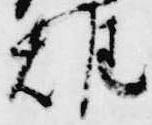
雄